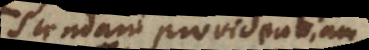
agnoscendam providentiam